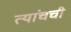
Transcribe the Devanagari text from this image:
त्यांचची